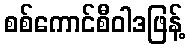
စစ်ကောင်စီဝါဒဖြန့်